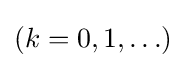
(k=0,1,\ldots )